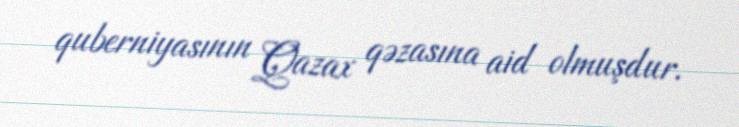
quberniyasının Qazax qəzasına aid olmuşdur.